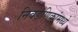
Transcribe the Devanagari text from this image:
निवडणिकांमध्ये